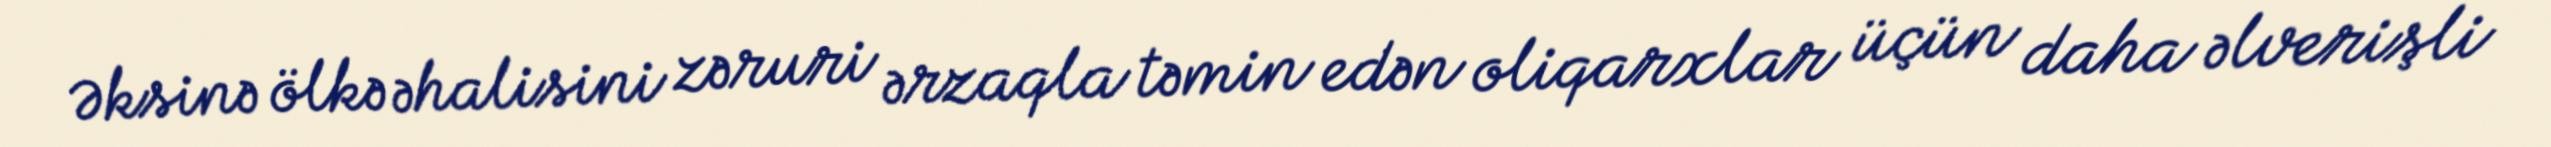
Əksinə ölkə əhalisini zəruri ərzaqla təmin edən oliqarxlar üçün daha əlverişli